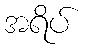
အရိပ်